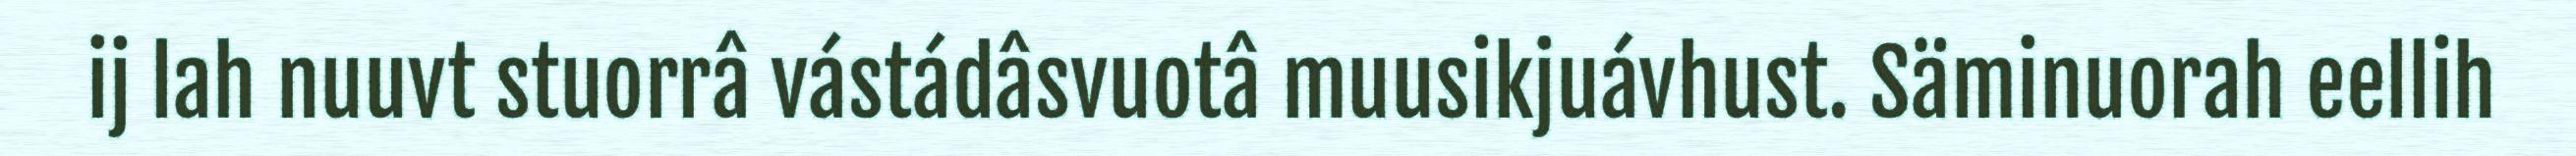
ij lah nuuvt stuorrâ vástádâsvuotâ muusikjuávhust. Säminuorah eellih